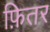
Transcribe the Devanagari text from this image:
फ़ितर